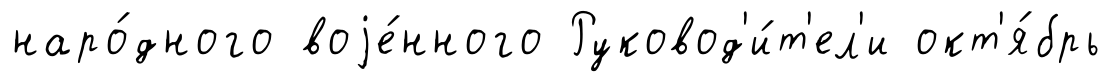
наро́дного воjе́нного Руковод'и́т'ел'и окт'я́брь